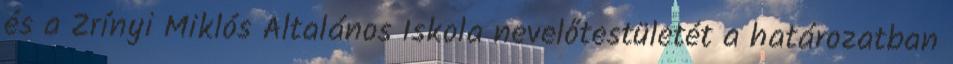
és a Zrínyi Miklós Általános Iskola nevelőtestületét a határozatban